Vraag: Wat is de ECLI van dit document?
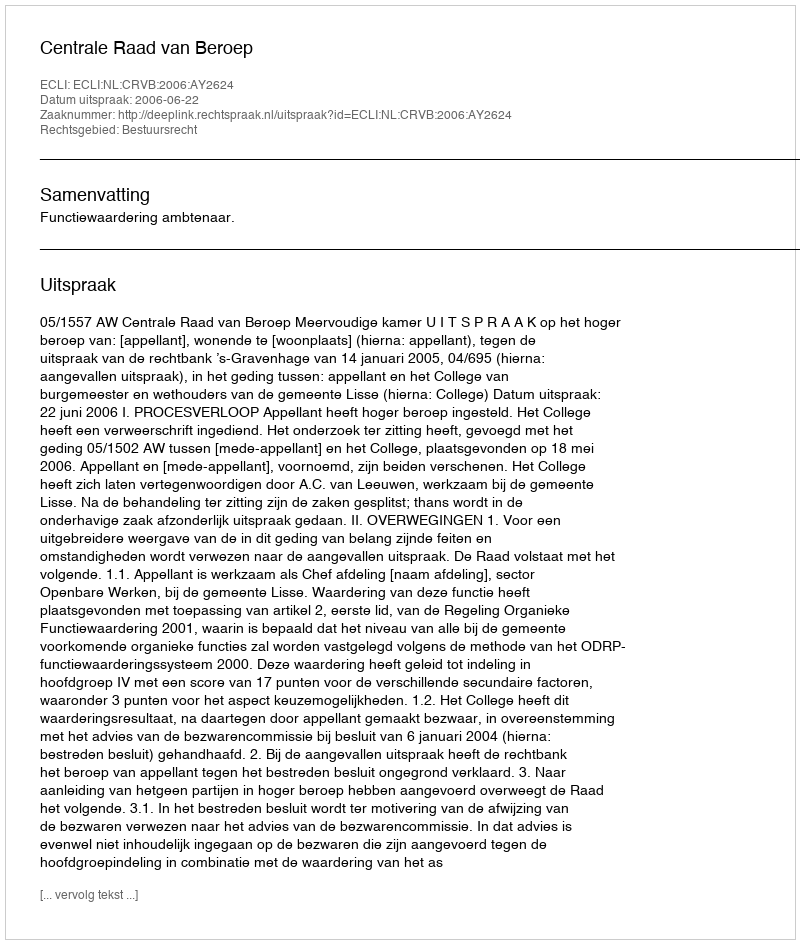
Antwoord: ECLI:NL:CRVB:2006:AY2624